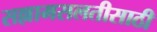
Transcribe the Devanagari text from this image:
सल्लामसलतीसाठी